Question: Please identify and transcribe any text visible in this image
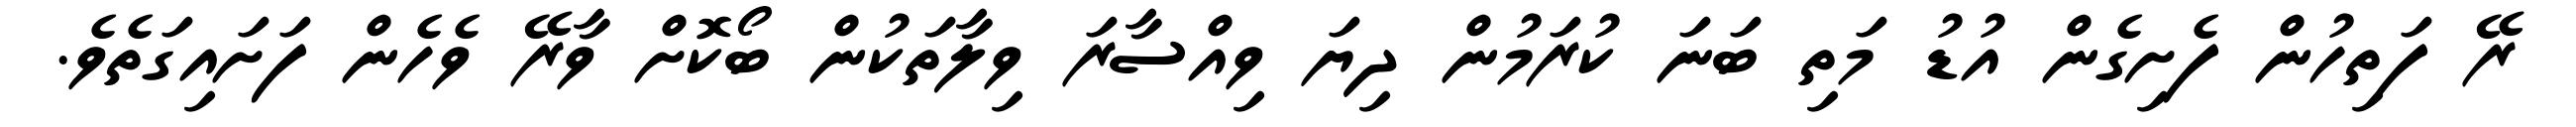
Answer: ރޭ ފަތިހުން ފެށިގެން އުޑު މަތި ބަނަ ކުރަމުން ދިޔަ ވިއްސާރަ ވިލާތަކުން ބޯކޮށް ވާރޭ ވެހެން ފަށައިގަތެވެ.